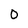
Character: 0